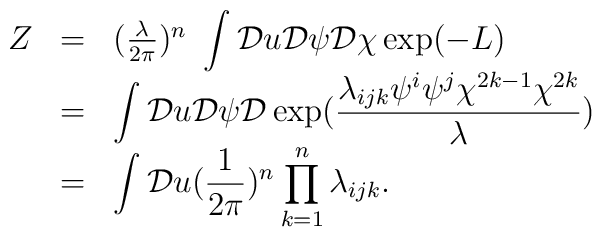
\begin{array}{lll}Z&=&(\frac{\lambda}{2\pi})^n\ \displaystyle\int {\cal D}u {\cal D}\psi {\cal D} \chi \exp (-L)\\ ~&=&\displaystyle\int {\cal D}u {\cal D}\psi {\cal D} \exp(\frac{\lambda_{ijk}\psi^i \psi^j \chi^{2k-1} \chi^{2k}}{\lambda})\\ ~&=&\displaystyle\int {\cal D}u (\frac{1}{2\pi})^n \prod\limits_{k=1}^{n}\lambda_{ijk}.\end{array}